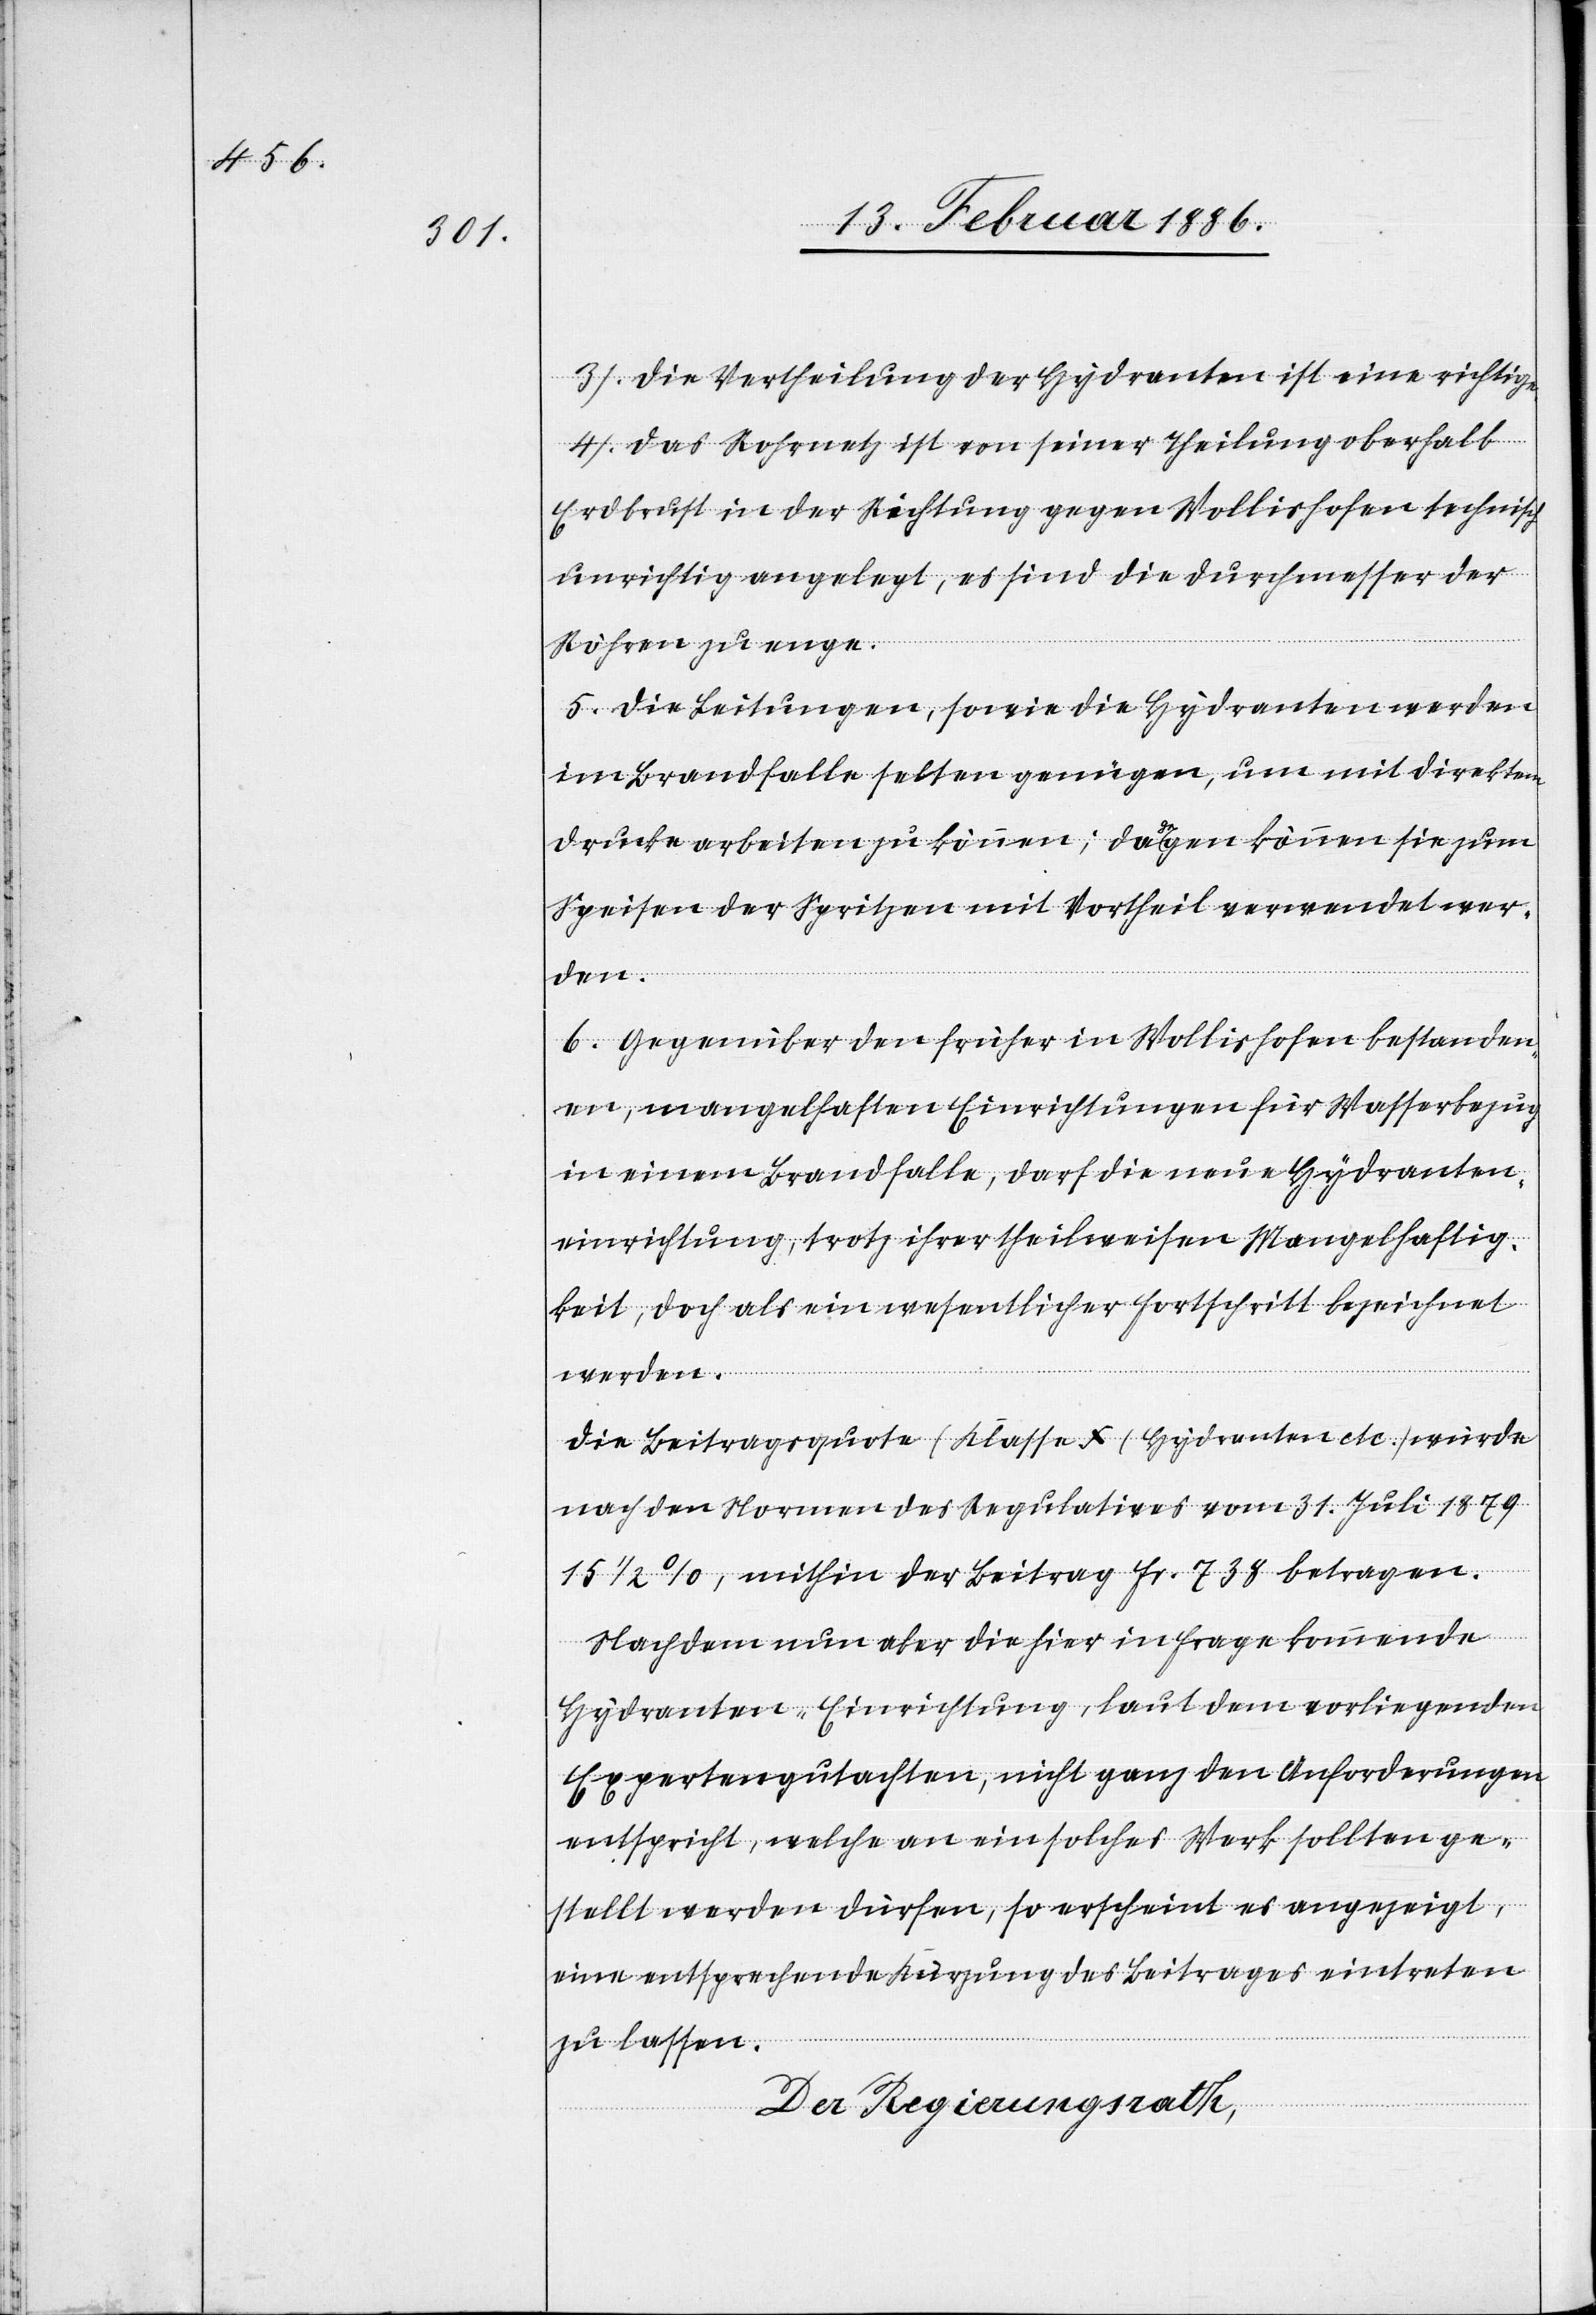
3. Die Vertheilung der Hydranten ist eine richtige.
4. Das Rohrnetz ist von einer Theilung oberhalb
Erdbrust in der Richtung gegen Wollishofen technisch
unrichtig angelegt, es sind die Durchmesser der
Röhren zu enge.
5. Die Leitungen, sowie die Hydranten werden
im Brandfalle selten genügen, um mit direktem
Drucke arbeiten zu können; dagegen können sie zum
Speisen der Spritzen mit Vortheil verwendet wer¬
den.
6. Gegenüber den früher in Wollishofen bestanden¬
en, mangelhaften Einrichtungen für Wasserbezug
in einem Brandfalle, darf die neue Hydranten¬
einrichtung, trotz ihrer theilweisen Mangelhaftig¬
keit, doch als ein wesentlicher Fortschritt bezeichnet
werden.
Die Beitragsquote (Klasse X (Hydranten etc.)) würde
nach den Normen des Regulatives vom 31. Juli 1879
15 1/2%, mithin der Beitrag Fr. 738 betragen.
Nachdem nun aber die hier in Frage kommende
Hydranten-Einrichtung, laut den vorliegenden
Expertengutachten, nicht ganz den Anforderungen
entspricht, welche an ein solches Werk sollten ge¬
stellt werden dürfen, so erscheint es angezeigt,
eine entsprechende Kürzung des Beitrages eintreten
zu lassen.
Der Regierungsrath,